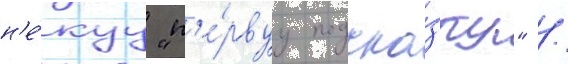
н'е́куу "п'е́рвуу подска́зку" /